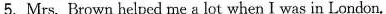
5. Mrs. Brown helped me a lot when I was in London.